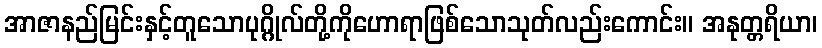
အာဇာနည်မြင်းနှင့်တူသောပုဂ္ဂိုလ်တို့ကိုဟောရာဖြစ်သောသုတ်လည်းကောင်း။ အနုတ္တရိယာ၊